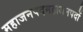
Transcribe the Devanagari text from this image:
महाजनपदमहाजनपदों